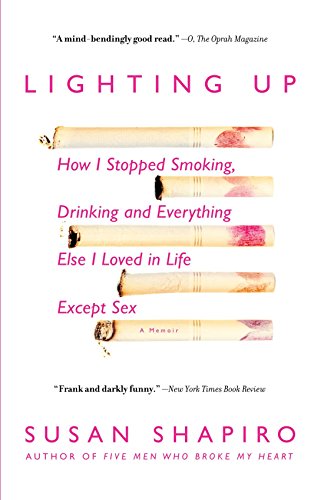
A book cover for Lighting Up: How I Stopped Smoking, Drinking, and Everything Else I Loved in Life Except Sex; Susan Shapiro; Health, Fitness & Dieting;